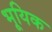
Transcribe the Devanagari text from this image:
भूयिक